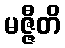
မဇ္ဇီတိ